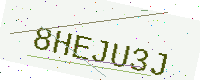
Text: 8HEJU3J